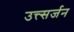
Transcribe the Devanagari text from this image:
उत्त्सर्जन